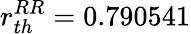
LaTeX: r_{th}^{RR}=0.790541